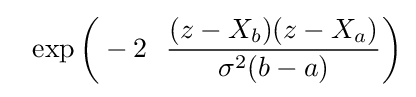
\ \ \exp {\biggl (}-2\ \ {\frac {(z-X_{b})(z-X_{a})}{\sigma ^{2}(b-a)}}{\biggr )}